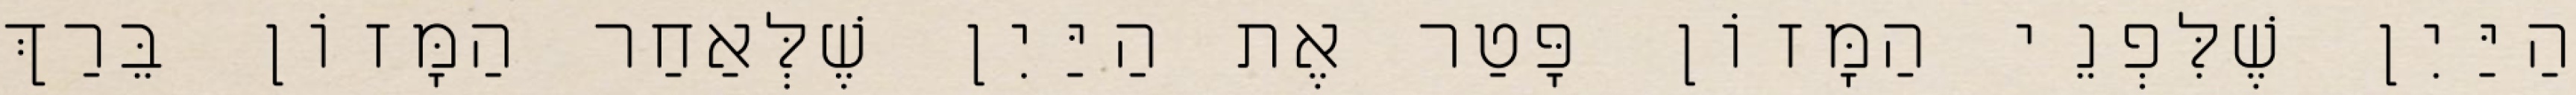
הַיַּיִן שֶׁלִּפְנֵי הַמָּזוֹן פָּטַר אֶת הַיַּיִן שֶׁלְּאַחַר הַמָּזוֹן בֵּרַךְ